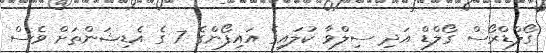
ގޯލްޑްރޯސް ގޯލްޑް އަދި ސިލްވާ ކުލައިގެ އައިފޯންގެ 7 ގެ އެޑިޝަންތަށް ވެސް